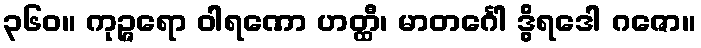
၃၆၀။ ကုဉ္ဇရော ဝါရဏော ဟတ္ထီ၊ မာတင်္ဂေါ ဒွိရဒေါ ဂဇော။